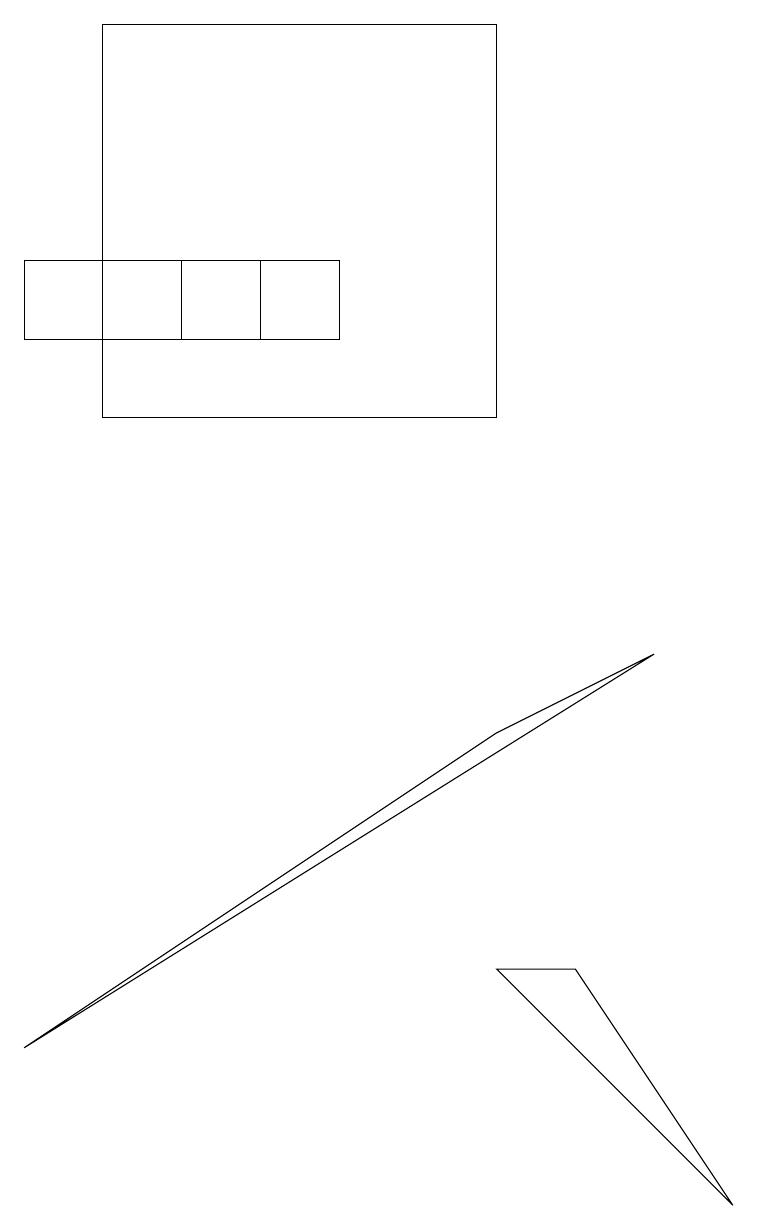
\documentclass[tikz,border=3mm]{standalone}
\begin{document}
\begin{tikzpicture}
\draw (0,2) -- (6,6) -- (8,7) -- cycle;
\draw (9,0) -- (6,3) -- (7,3) -- cycle;
\draw (3,12) rectangle (0,11);
\draw (1,10) rectangle (6,15);
\draw (4,12) rectangle (2,11);
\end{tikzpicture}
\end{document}